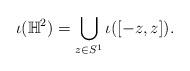
LaTeX: \begin{align*} \iota(\mathbb{H}^2)=\bigcup_{z\in S^1}\iota([-z, z]). \end{align*}